Scottish Leaving Certificate Examination, 1957
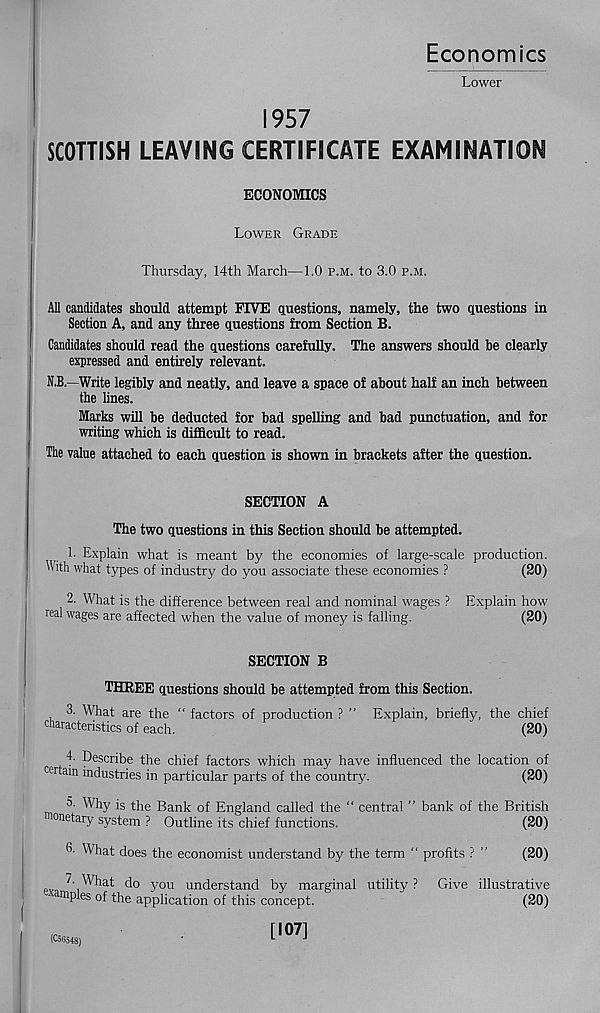
Economics
Lower
1957
SCOTTISH LEAVING CERTIFICATE EXAMINATION
ECONOMICS
Lower Grade
Thursday, 14th March—1.0 P.M. to 3.0 p.M.
All candidates should attempt FIVE questions, namely, the two questions in
Section A, and any three questions from Section B.
Candidates should read the questions carefully. The answers should he clearly
expressed and entirely relevant.
N.B.—Write legibly and neatly, and leave a space of about half an inch between
the lines.
Marks will be deducted for bad spelling and bad punctuation, and for
writing which is difficult to read.
The value attached to each question is shown in brackets after the question.
SECTION A
The two questions in this Section should be attempted.
h Explain what is meant by the economies of large-scale production.
\Lth what types of industry do you associate these economies ?
(20)
2. What is the difference between real and nominal wages ? Explain how
real wages are affected when the value of money is falling.
(20)
SECTION B
THREE questions should be attempted from this Section.
3. What are the “ factors of production ? ” Explain, briefly, the chief
characteristics of each.
(20)
4. Describe the chief factors which may have influenced the location of
certain industries in particular parts of the country.
(20)
5. Why is the Bank of England called the “ central ” bank of the British
monetary system ? Outline its chief functions.
(20)
What does the economist understand by the term “ profits ? "
(20)
p 'W What do you understand by marginal utility ? Give illustrative
" amples of the application of this concept.
(20)
[107]
(C5G548)